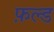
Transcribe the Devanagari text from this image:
फ़ल्ड